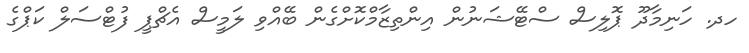
ހދ. ހަނިމާދޫ ޕޮލިސް ސްޓޭޝަނުން އިންތިޒާމްކޮށްގެން ބޭއްވި ލަމީސް އެޗްޕީ ފުޓްސަލް ކަޕްގެ